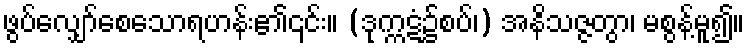
ဖွပ်လျှော်စေသောရဟန်း၏၎င်း။ (ဒုက္ကဋံ၌စပ်၊) အနိသဇ္ဇတွာ၊ မစွန့်မူ၍။